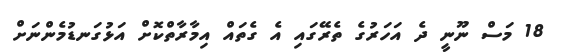
18 މަސް ނޫނީ ދެ އަހަރުގެ ތެރޭގައި އެ ގެތައް އިމާރާތްކޮށް އަޅުގަނޑުމެންނަށް